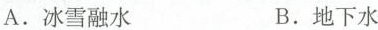
A. 冰雪融水 B. 地下水